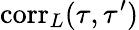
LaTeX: \mathrm{corr}_{L}(\tau,\tau^{\prime})